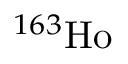
^ { 1 6 3 } \mathrm { H o }